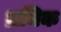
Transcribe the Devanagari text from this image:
ध्रमिक